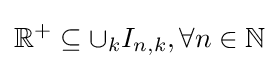
\mathbb {R} ^{+}\subseteq \cup _{k}I_{n,k},\forall n\in \mathbb {N}